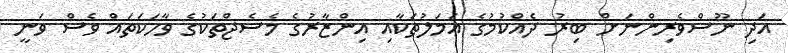
އަދި ނޫސްވެރިންނަށް ބިރު ދެއްކުމުގެ ޢަމަލުތަކާއި އިންޒާރުގެ މެސެޖްތަކުގެ ވާހަކަތައް ވެސް ވަނީ